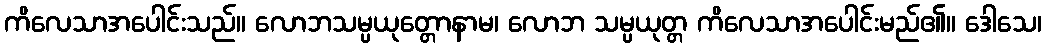
ကိလေသာအပေါင်းသည်။ လောဘသမ္ပယုတ္တောနာမ၊ လောဘ သမ္ပယုတ္တ ကိလေသာအပေါင်းမည်၏။ ဒေါသေ၊